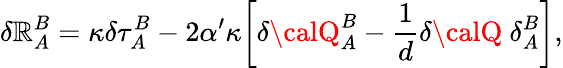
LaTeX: \delta\mathbb{R}_{A}^{B}=\kappa\delta\tau_{A}^{B}-2\alpha^{\prime}\kappa\biggl[\delta{\calQ}_{A}^{B}-\frac{{1}}{{d}}\delta{\calQ}~\delta_{A}^{B}\biggr],